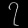
Digit: ၇